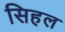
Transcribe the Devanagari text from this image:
सिहल